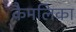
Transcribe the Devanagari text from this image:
कैमलिका